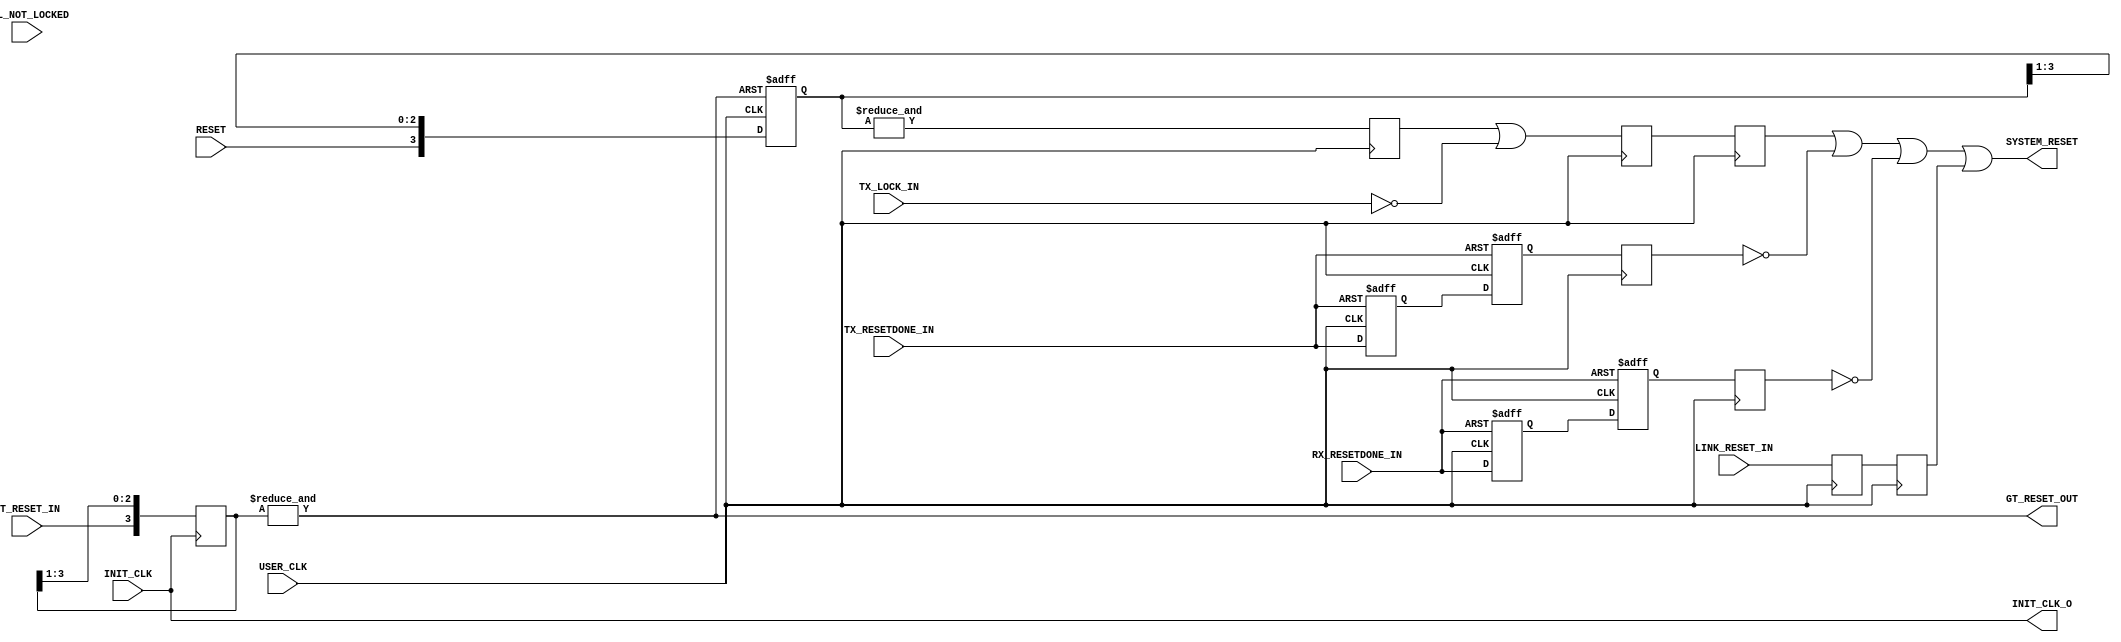
///////////////////////////////////////////////////////////////////////////////
// (c) Copyright 2008 Xilinx, Inc. All rights reserved.
//
// This file contains confidential and proprietary information
// of Xilinx, Inc. and is protected under U.S. and
// international copyright and other intellectual property
// laws.
//
// DISCLAIMER
// This disclaimer is not a license and does not grant any
// rights to the materials distributed herewith. Except as
// otherwise provided in a valid license issued to you by
// Xilinx, and to the maximum extent permitted by applicable
// law: (1) THESE MATERIALS ARE MADE AVAILABLE "AS IS" AND
// WITH ALL FAULTS, AND XILINX HEREBY DISCLAIMS ALL WARRANTIES
// AND CONDITIONS, EXPRESS, IMPLIED, OR STATUTORY, INCLUDING
// BUT NOT LIMITED TO WARRANTIES OF MERCHANTABILITY, NON-
// INFRINGEMENT, OR FITNESS FOR ANY PARTICULAR PURPOSE; and
// (2) Xilinx shall not be liable (whether in contract or tort,
// including negligence, or under any other theory of
// liability) for any loss or damage of any kind or nature
// related to, arising under or in connection with these
// materials, including for any direct, or any indirect,
// special, incidental, or consequential loss or damage
// (including loss of data, profits, goodwill, or any type of
// loss or damage suffered as a result of any action brought
// by a third party) even if such damage or loss was
// reasonably foreseeable or Xilinx had been advised of the
// possibility of the same.
//
// CRITICAL APPLICATIONS
// Xilinx products are not designed or intended to be fail-
// safe, or for use in any application requiring fail-safe
// performance, such as life-support or safety devices or
// systems, Class III medical devices, nuclear facilities,
// applications related to the deployment of airbags, or any
// other applications that could lead to death, personal
// injury, or severe property or environmental damage
// (individually and collectively, "Critical
// Applications"). Customer assumes the sole risk and
// liability of any use of Xilinx products in Critical
// Applications, subject only to applicable laws and
// regulations governing limitations on product liability.
//
// THIS COPYRIGHT NOTICE AND DISCLAIMER MUST BE RETAINED AS
// PART OF THIS FILE AT ALL TIMES.
//
//
///////////////////////////////////////////////////////////////////////////////
//
//  AURORA RESET LOGIC
//
//
//
//  Description: RESET logic generation using Debouncer
//
//        
`timescale 1 ns / 1 ps
(* core_generation_info = "aurora_8b10b_gtx1,aurora_8b10b_v8_3,{user_interface=AXI_4_Streaming,backchannel_mode=Sidebands,c_aurora_lanes=1,c_column_used=left,c_gt_clock_1=GTXQ1,c_gt_clock_2=None,c_gt_loc_1=X,c_gt_loc_10=X,c_gt_loc_11=X,c_gt_loc_12=X,c_gt_loc_13=X,c_gt_loc_14=X,c_gt_loc_15=X,c_gt_loc_16=X,c_gt_loc_17=X,c_gt_loc_18=X,c_gt_loc_19=X,c_gt_loc_2=X,c_gt_loc_20=X,c_gt_loc_21=X,c_gt_loc_22=X,c_gt_loc_23=X,c_gt_loc_24=X,c_gt_loc_25=X,c_gt_loc_26=X,c_gt_loc_27=X,c_gt_loc_28=X,c_gt_loc_29=X,c_gt_loc_3=X,c_gt_loc_30=X,c_gt_loc_31=X,c_gt_loc_32=X,c_gt_loc_33=X,c_gt_loc_34=X,c_gt_loc_35=X,c_gt_loc_36=X,c_gt_loc_37=X,c_gt_loc_38=X,c_gt_loc_39=X,c_gt_loc_4=X,c_gt_loc_40=X,c_gt_loc_41=X,c_gt_loc_42=X,c_gt_loc_43=X,c_gt_loc_44=X,c_gt_loc_45=X,c_gt_loc_46=X,c_gt_loc_47=X,c_gt_loc_48=X,c_gt_loc_5=X,c_gt_loc_6=1,c_gt_loc_7=X,c_gt_loc_8=X,c_gt_loc_9=X,c_lane_width=2,c_line_rate=31250,c_nfc=false,c_nfc_mode=IMM,c_refclk_frequency=125000,c_simplex=false,c_simplex_mode=TX,c_stream=false,c_ufc=false,flow_mode=None,interface_mode=Framing,dataflow_config=Duplex}" *)
module aurora_8b10b_gtx1_RESET_LOGIC
(
    // User IO
    RESET,
    USER_CLK,
    //INIT_CLK_P,
    //INIT_CLK_N,
    INIT_CLK,
    GT_RESET_IN,
    TX_LOCK_IN,
    PLL_NOT_LOCKED,
    LINK_RESET_IN,
    TX_RESETDONE_IN,
    RX_RESETDONE_IN,
    INIT_CLK_O,
    SYSTEM_RESET,
    GT_RESET_OUT
);

`define DLY #1
//***********************************Port Declarations*******************************
    // User I/O
    input              RESET;
    input              USER_CLK;
    //input              INIT_CLK_P;
    //input              INIT_CLK_N;
    input              INIT_CLK;
    input              GT_RESET_IN;
    input              TX_LOCK_IN;
    input              PLL_NOT_LOCKED;
    input              LINK_RESET_IN;
    input              TX_RESETDONE_IN;
    input              RX_RESETDONE_IN;
    output             INIT_CLK_O;
    output             SYSTEM_RESET;
    output             GT_RESET_OUT;

//**************************Internal Register Declarations****************************
    reg     [0:3]      debounce_gt_rst_r;
    reg     [0:3]      reset_debounce_r;
    reg                reset_debounce_r2;
    reg                reset_debounce_r3;
    reg                reset_debounce_r4;
    reg                link_reset_r;
    reg                link_reset_r2;
    reg                gt_rxresetdone_r;
    reg                gt_rxresetdone_r2;
    reg                gt_rxresetdone_r3;
    reg                gt_txresetdone_r;
    reg                gt_txresetdone_r2;
    reg                gt_txresetdone_r3;

    wire               SYSTEM_RESET;
//********************************Wire Declarations**********************************

    //wire               init_clk_i;
    wire               gt_rst_r;

//*********************************Main Body of Code**********************************


//_________________Debounce the Reset and PMA init signal___________________________
// Simple Debouncer for Reset button. The debouncer has an
// asynchronous reset tied to GT_RESET_IN. This is primarily for simulation, to ensure
// that unknown values are not driven into the reset line

    always @(posedge USER_CLK or posedge gt_rst_r)
        if(gt_rst_r)
            reset_debounce_r    <=  4'b1111;   
        else
            reset_debounce_r    <=  {RESET,reset_debounce_r[0:2]};

    always @ (posedge USER_CLK)
    begin
      reset_debounce_r2 <= &reset_debounce_r;
      reset_debounce_r3 <= reset_debounce_r2 || !TX_LOCK_IN;
      reset_debounce_r4 <= reset_debounce_r3;
    end

    always @(posedge USER_CLK or negedge RX_RESETDONE_IN)

    begin
        if (!RX_RESETDONE_IN)
        begin
            gt_rxresetdone_r    <=   `DLY 1'b0;
            gt_rxresetdone_r2   <=   `DLY 1'b0;
        end
        else
        begin
            gt_rxresetdone_r    <=   `DLY RX_RESETDONE_IN;
            gt_rxresetdone_r2   <=   `DLY gt_rxresetdone_r;
        end
    end

    always @(posedge USER_CLK)
            gt_rxresetdone_r3   <=   `DLY gt_rxresetdone_r2;

    always @(posedge USER_CLK or negedge TX_RESETDONE_IN)

    begin
        if (!TX_RESETDONE_IN)
        begin
            gt_txresetdone_r    <=   `DLY 1'b0;
            gt_txresetdone_r2   <=   `DLY 1'b0;
        end
        else
        begin
            gt_txresetdone_r    <=   `DLY TX_RESETDONE_IN;
            gt_txresetdone_r2   <=   `DLY gt_txresetdone_r;
        end
    end

    //FF for slack violations fix
    always @(posedge USER_CLK)
            gt_txresetdone_r3   <=   `DLY gt_txresetdone_r2;


    always @(posedge USER_CLK)
            link_reset_r   <=   `DLY LINK_RESET_IN;

    always @(posedge USER_CLK)
            link_reset_r2   <=   `DLY link_reset_r;

    assign SYSTEM_RESET = reset_debounce_r4 || !gt_txresetdone_r3 || !gt_rxresetdone_r3 || link_reset_r2;

  // Assign an IBUFDS to INIT_CLK
  //IBUFDS init_clk_ibufg_i
  //(
  // .I(INIT_CLK_P),
  // .IB(INIT_CLK_N),
  // .O(init_clk_i)
  //);


  assign INIT_CLK_O = INIT_CLK;

// Debounce the GT_RESET_IN signal using the INIT_CLK
    always @(posedge INIT_CLK)
        debounce_gt_rst_r <=  {GT_RESET_IN,debounce_gt_rst_r[0:2]};

    assign  gt_rst_r        =   &debounce_gt_rst_r;
    assign  GT_RESET_OUT    =   gt_rst_r;

endmodule